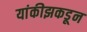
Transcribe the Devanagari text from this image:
यांकीझकडून